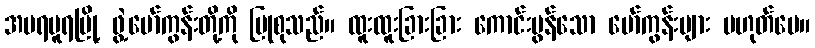
အမရပူရမြို့ ဖွဲ့မော်ကွန်းတို့ကို ပြုစုသည်။ ထူးထူးခြားခြား ကောင်းမွန်သော မော်ကွန်းများ မဟုတ်ပေ။